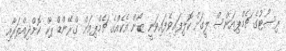
ރިސޯޓުގެ ޗެމްޕިއަންސް ލީގަށް ކޮލިފައިވެފައިވަނީ ޒޯން އެކެއްގެ ޗެމްޕިއަން ގްރޭންޑް ޕާކް ކޮށްދިއްޕަރާއި